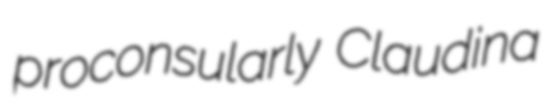
proconsularly Claudina